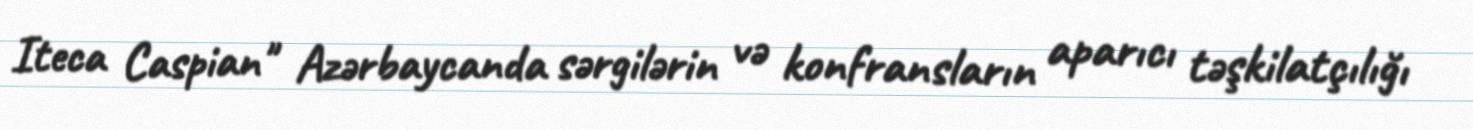
Iteca Caspian" Azərbaycanda sərgilərin və konfransların aparıcı təşkilatçılığı